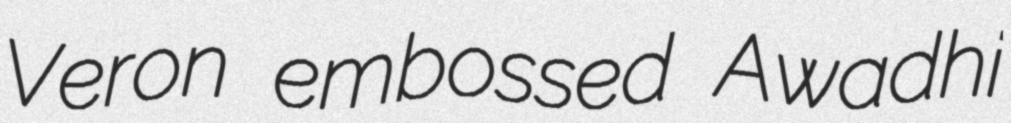
Veron embossed Awadhi